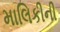
માલિકીની